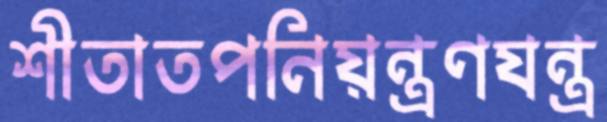
শীতাতপনিয়ন্ত্রণযন্ত্র